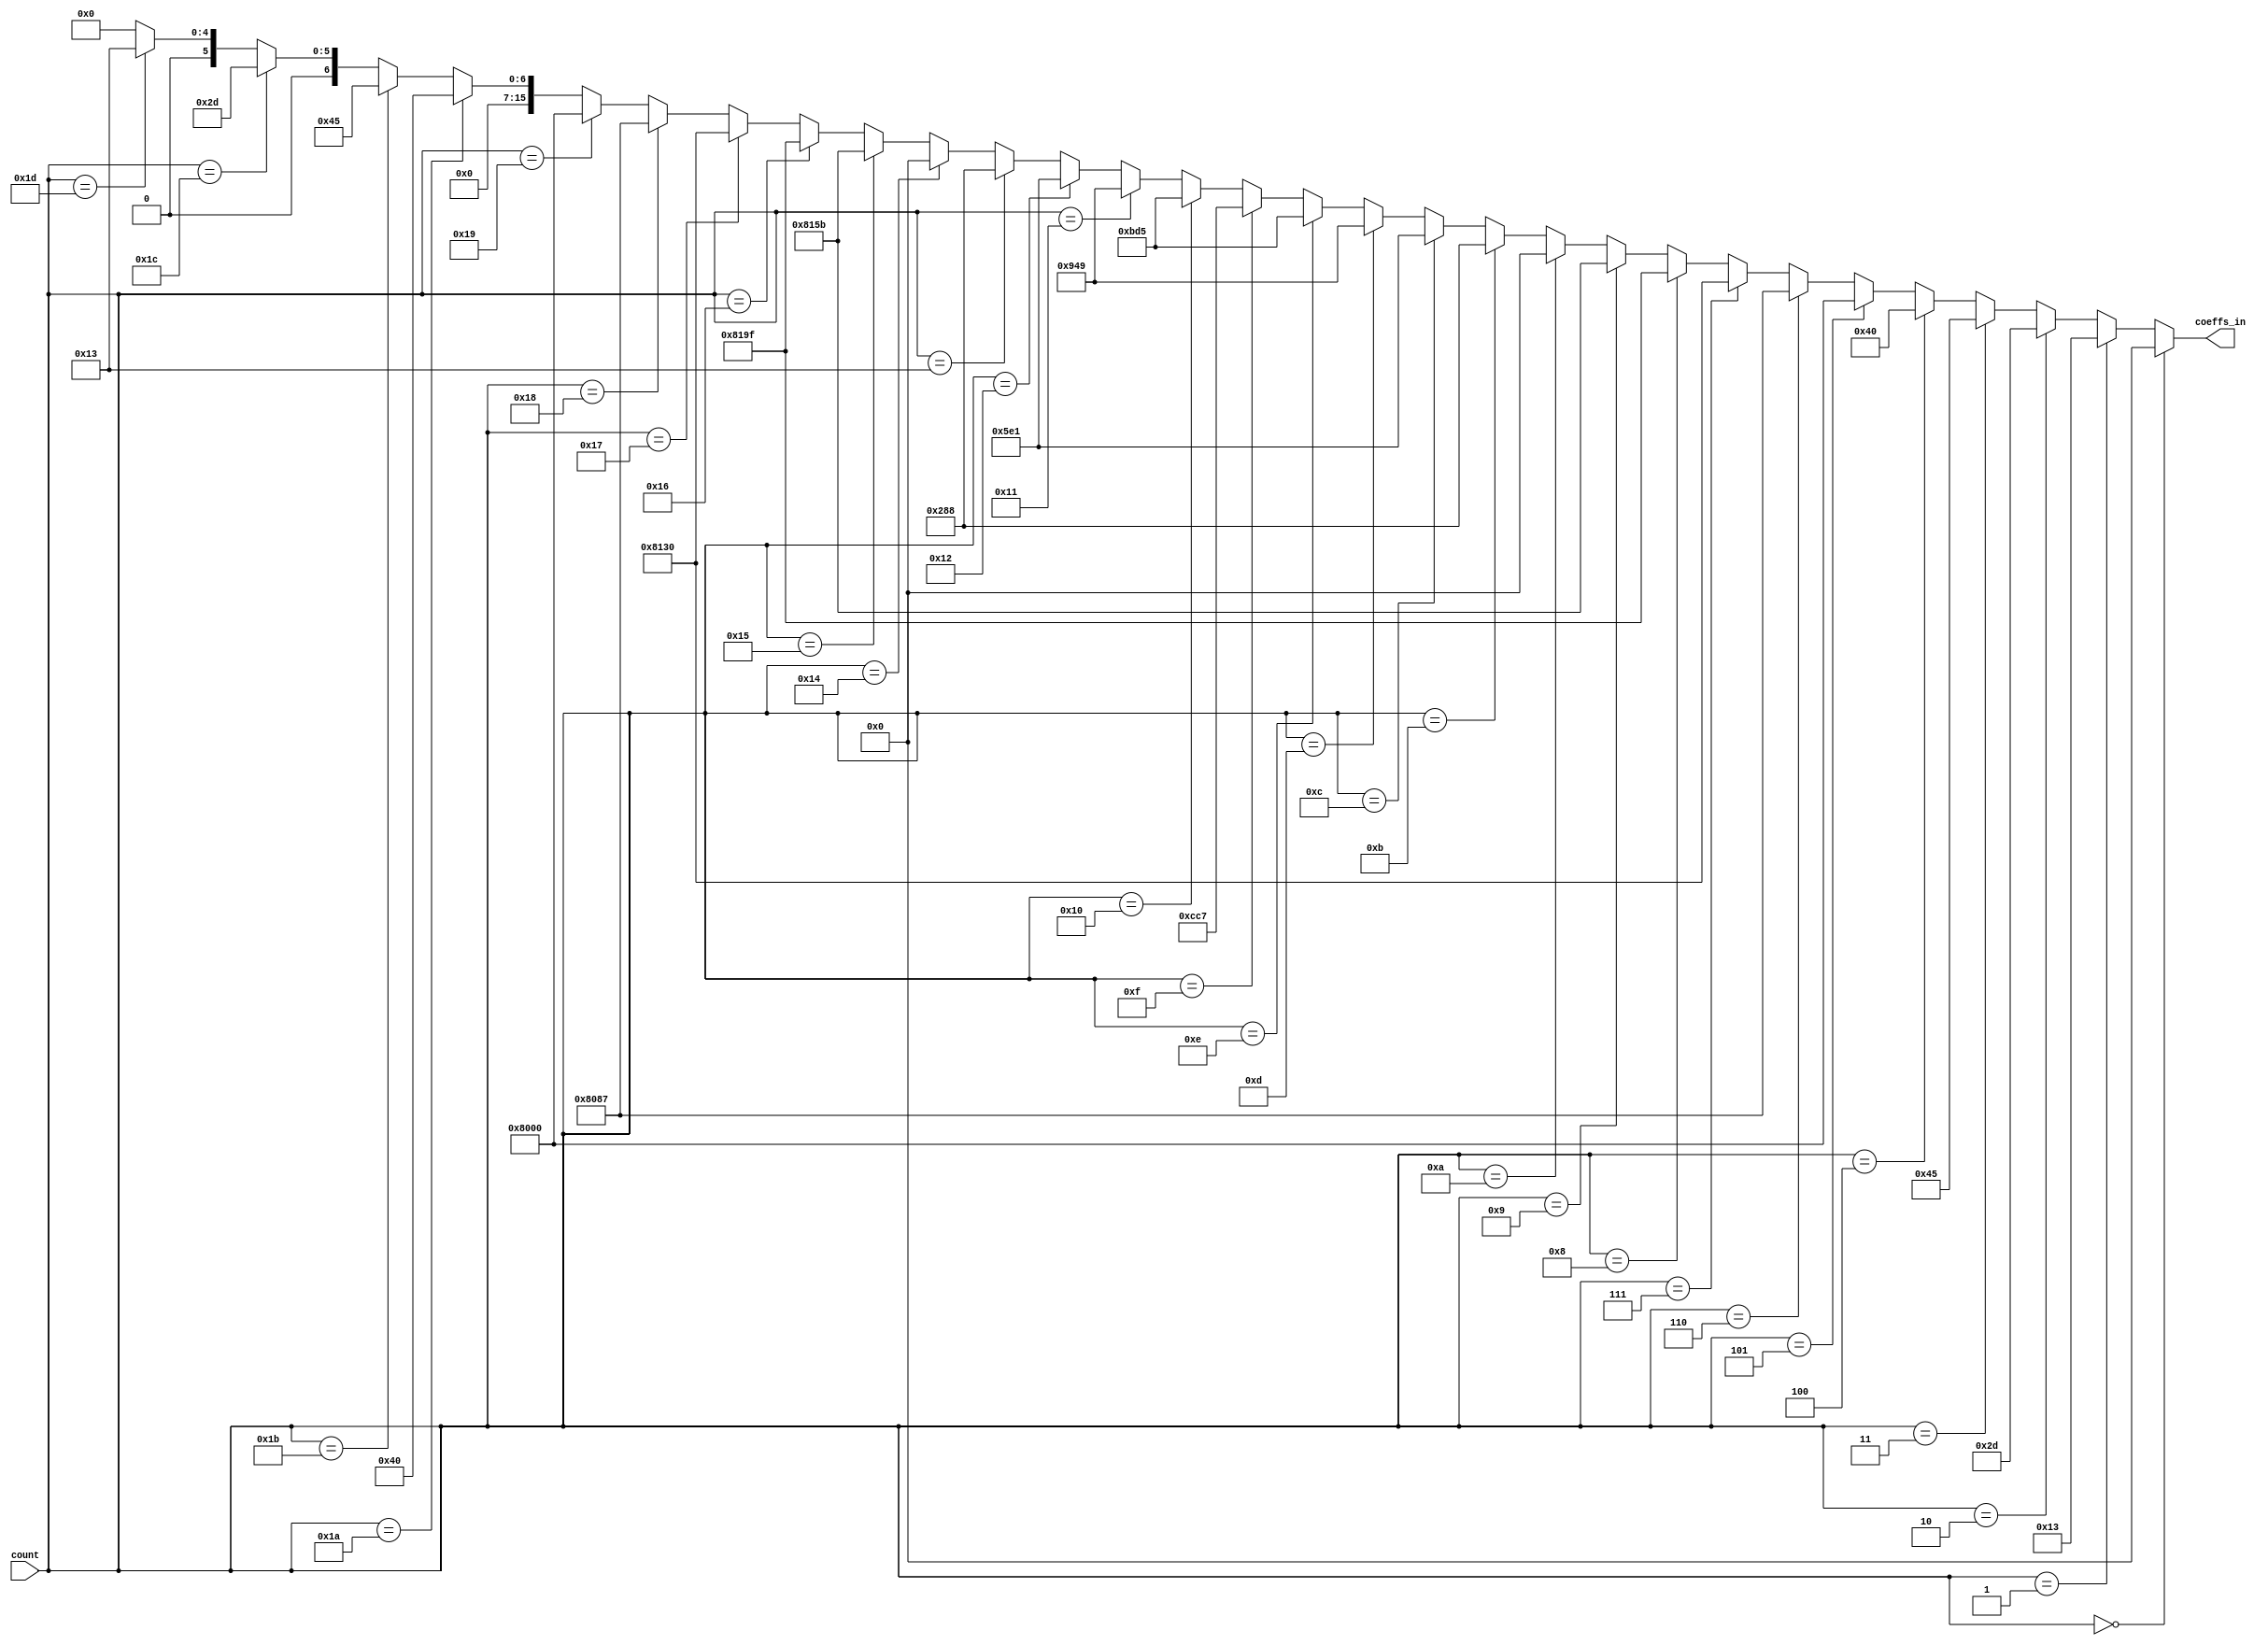
module coeffs #(
	parameter NUMTABS = 31
)(
	input [4:0] count,
	output signed [15:0] coeffs_in
);

localparam coeffs_0 =  16'b0000000000000000; 
localparam coeffs_1 =  16'b0000000000010011;
localparam coeffs_2 =  16'b0000000000101101;
localparam coeffs_3 =  16'b0000000001000101;
localparam coeffs_4 =  16'b0000000001000000;
localparam coeffs_5 =  16'b1000000000000000;
localparam coeffs_6 =  16'b1000000010000111;
localparam coeffs_7 =  16'b1000000100110000;
localparam coeffs_8 =  16'b1000000110011111;
localparam coeffs_9 =  16'b1000000101011011;
localparam coeffs_10 = 16'b0000000000000000;
localparam coeffs_11 = 16'b0000001010001000;
localparam coeffs_12 = 16'b0000010111100001;
localparam coeffs_13 = 16'b0000100101001001;
localparam coeffs_14 = 16'b0000101111010101;
localparam coeffs_15 = 16'b0000110011000111;
localparam coeffs_16 = 16'b0000101111010101;
localparam coeffs_17 = 16'b0000100101001001;
localparam coeffs_18 = 16'b0000010111100001;
localparam coeffs_19 = 16'b0000001010001000;
localparam coeffs_20 = 16'b0000000000000000;
localparam coeffs_21 = 16'b1000000101011011;
localparam coeffs_22 = 16'b1000000110011111;
localparam coeffs_23 = 16'b1000000100110000;
localparam coeffs_24 = 16'b1000000010000111;
localparam coeffs_25 = 16'b1000000000000000;
localparam coeffs_26 = 16'b0000000001000000;
localparam coeffs_27 = 16'b0000000001000101;
localparam coeffs_28 = 16'b0000000000101101;
localparam coeffs_29 = 16'b0000000000010011;
localparam coeffs_30 = 16'b0000000000000000;

assign coeffs_in = 	(count == 5'b00000) ? coeffs_0 :
					(count == 5'b00001) ? coeffs_1 :
					(count == 5'b00010) ? coeffs_2 :
					(count == 5'b00011) ? coeffs_3 :
					(count == 5'b00100) ? coeffs_4 :
					(count == 5'b00101) ? coeffs_5 :
					(count == 5'b00110) ? coeffs_6 :
					(count == 5'b00111) ? coeffs_7 :
					(count == 5'b01000) ? coeffs_8 :
					(count == 5'b01001) ? coeffs_9 :
					(count == 5'b01010) ? coeffs_10 :
					(count == 5'b01011) ? coeffs_11 :
					(count == 5'b01100) ? coeffs_12 :
					(count == 5'b01101) ? coeffs_13 :
					(count == 5'b01110) ? coeffs_14 :
					(count == 5'b01111) ? coeffs_15 :
					(count == 5'b10000) ? coeffs_16 :
					(count == 5'b10001) ? coeffs_17 :
					(count == 5'b10010) ? coeffs_18 :
					(count == 5'b10011) ? coeffs_19 :
					(count == 5'b10100) ? coeffs_20 :
					(count == 5'b10101) ? coeffs_21 :
					(count == 5'b10110) ? coeffs_22 :
					(count == 5'b10111) ? coeffs_23 :
					(count == 5'b11000) ? coeffs_24 :
					(count == 5'b11001) ? coeffs_25 :
					(count == 5'b11010) ? coeffs_26 :
					(count == 5'b11011) ? coeffs_27 :
					(count == 5'b11100) ? coeffs_28 :
					(count == 5'b11101) ? coeffs_29 :
					(count == 5'b11110) ? coeffs_30 :
					(count == 5'b11111) ? 16'b0000000000000000 : 16'b0000000000000000;
endmodule